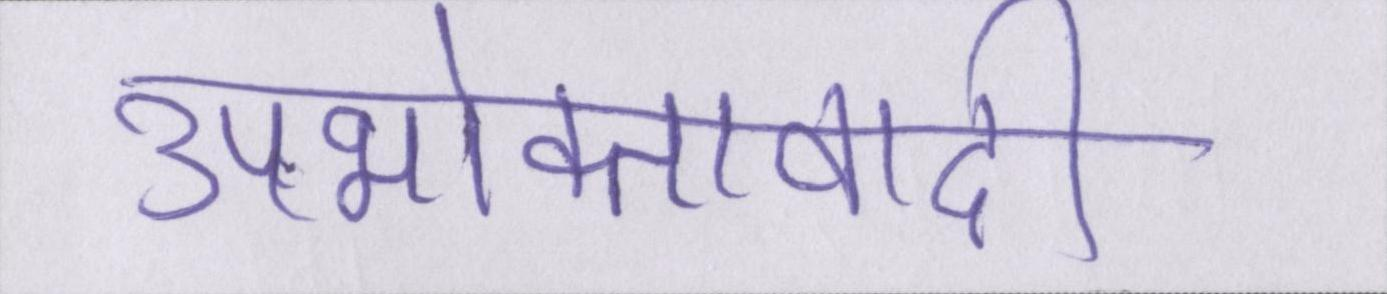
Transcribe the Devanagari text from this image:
उपभोक्तावादी